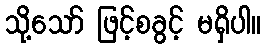
သို့သော် ဖြင့်စခွင့် မရှိပါ။